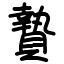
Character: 贄